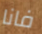
فانا